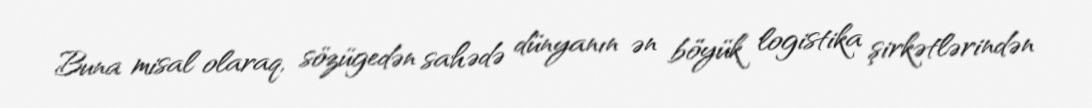
Buna misal olaraq, sözügedən sahədə dünyanın ən böyük logistika şirkətlərindən